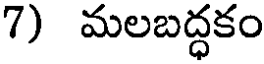
7) మలబద్ధకం